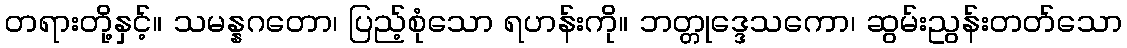
တရားတို့နှင့်။ သမန္နဂတော၊ ပြည့်စုံသော ရဟန်းကို။ ဘတ္တုဒ္ဒေသကော၊ ဆွမ်းညွန်းတတ်သော